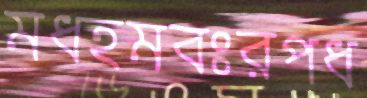
মধহমবঃরপধ